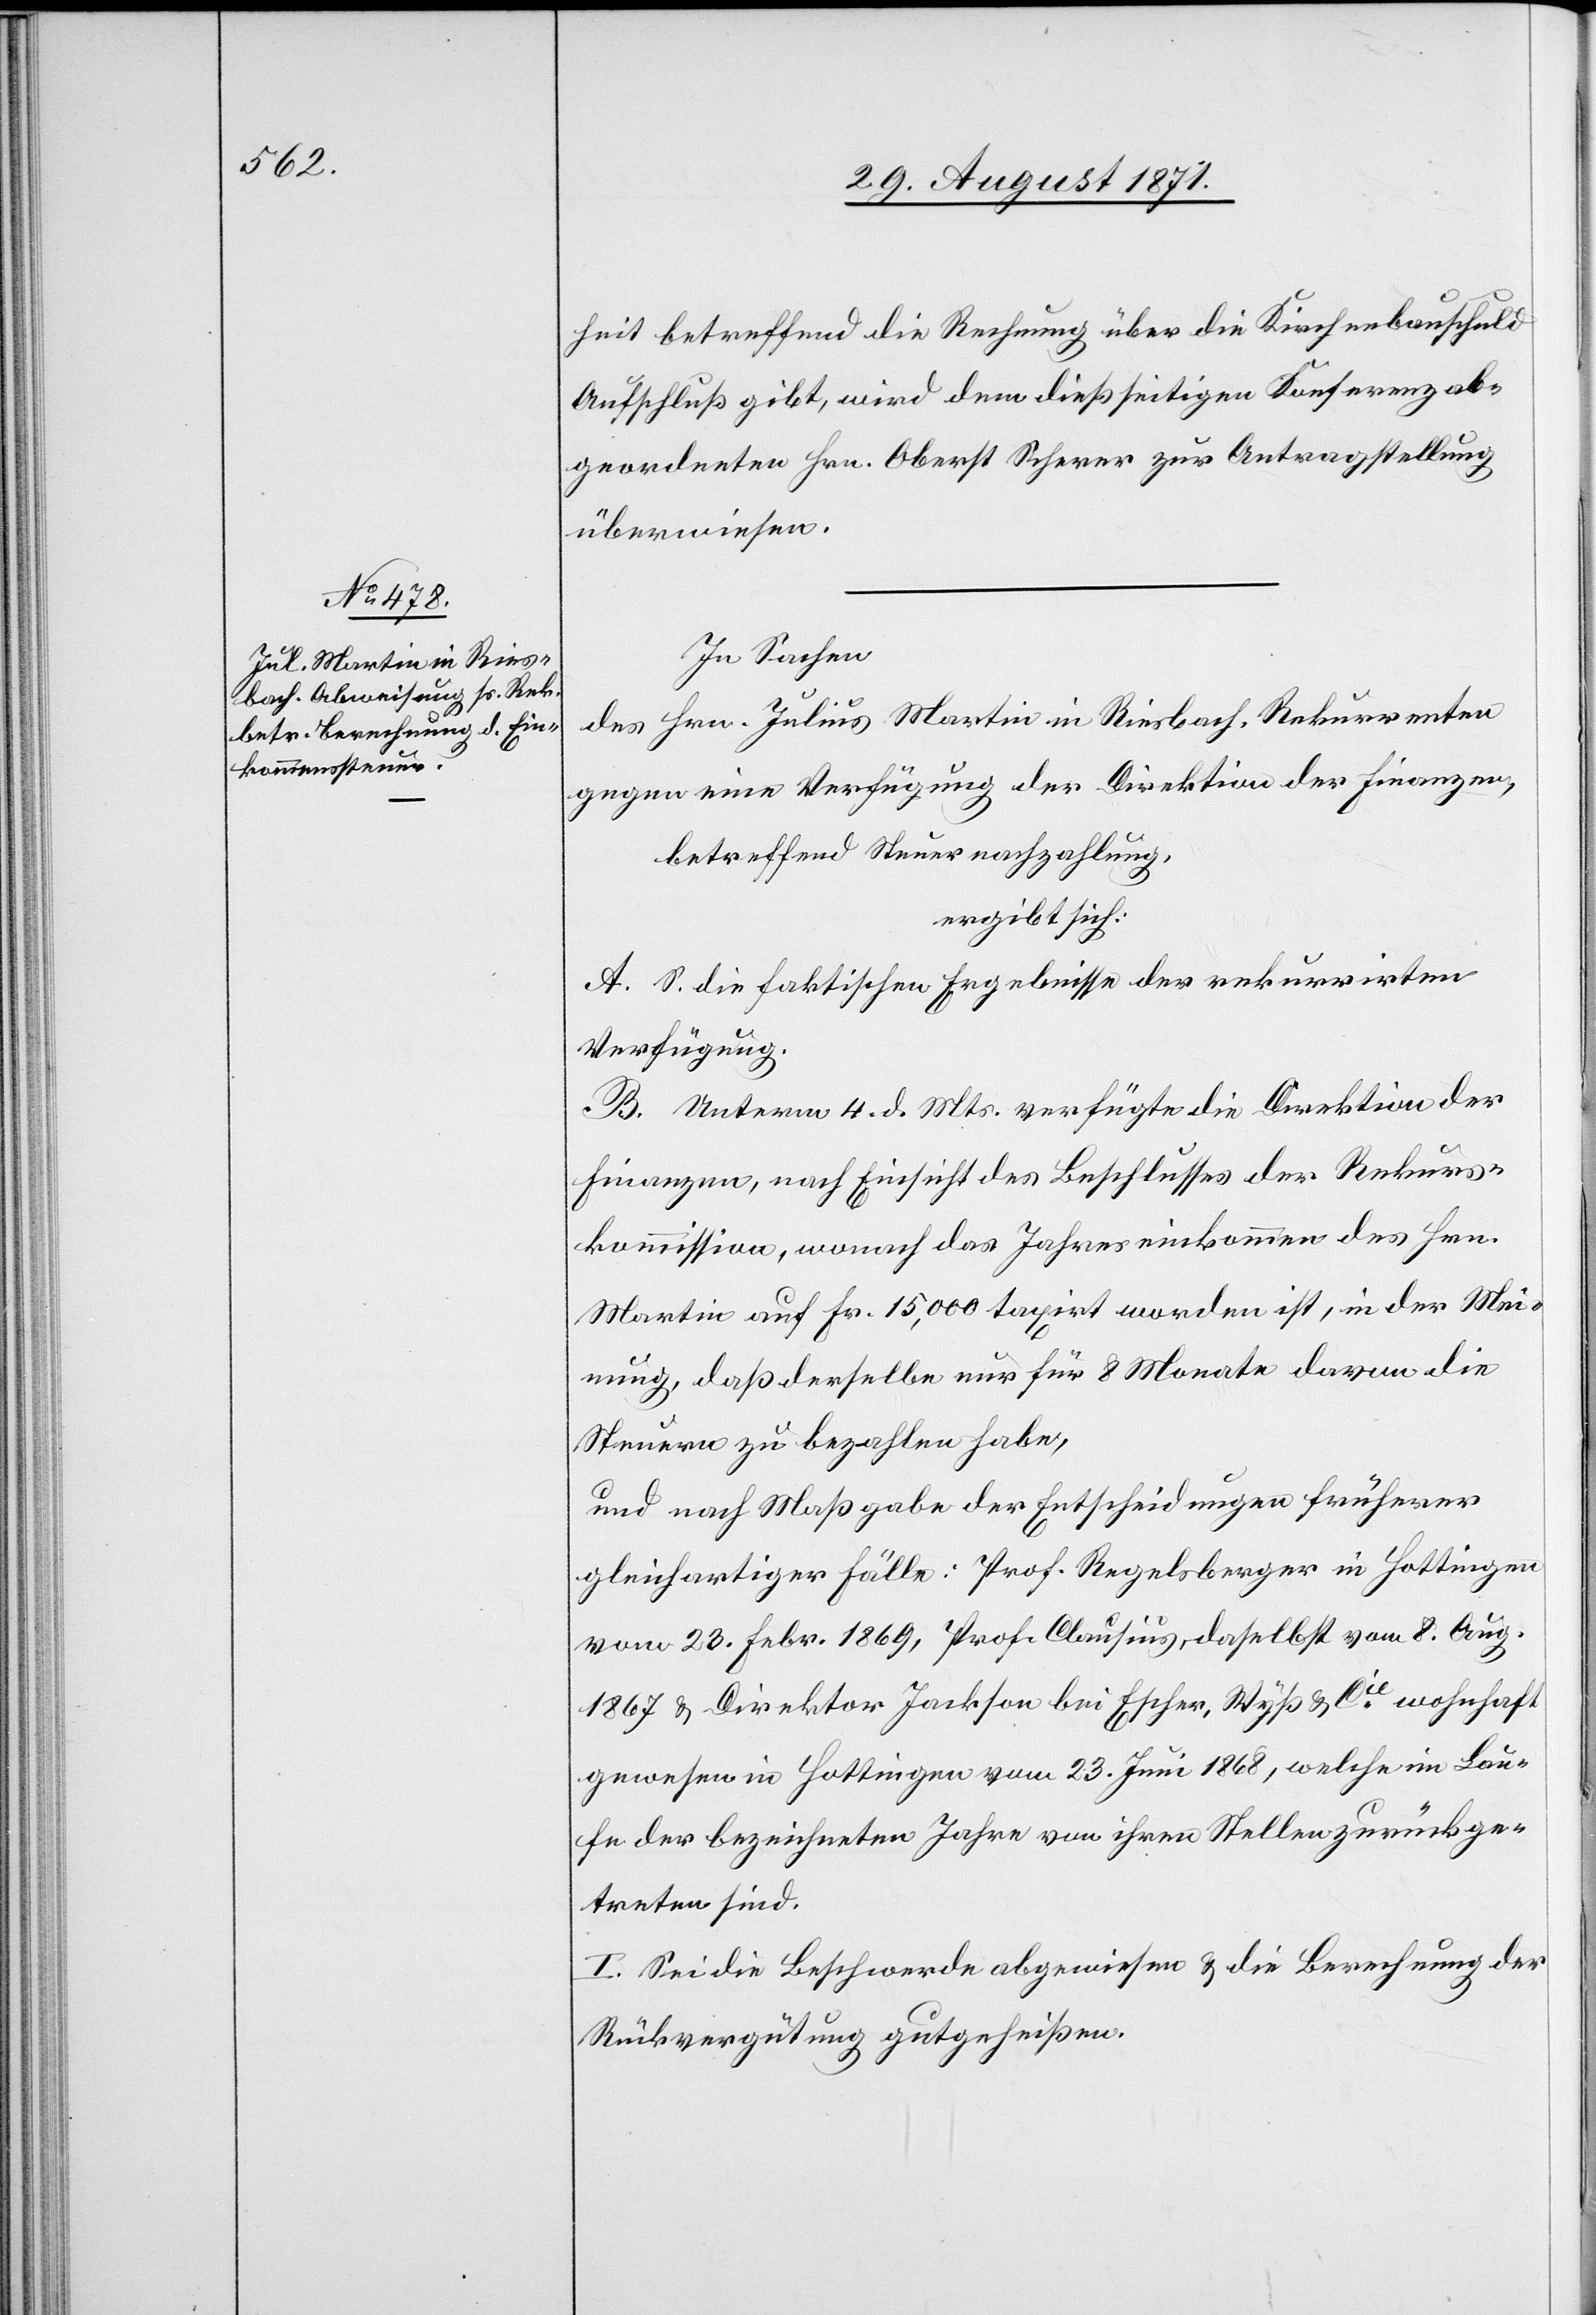
31. August 1871.]
heit betreffend die Rechnung über die Kirchenbauschuld
Aufschluß gibt, wird dem dießseitigen Konferenzab¬
geordneten Hrn. Oberst Scherrer zur Antragstellung
überwiesen.
In Sachen
des Hrn. Julius Martin in Riesbach, Rekurrenten
gegen eine Verfügung der Direktion der Finanzen,
betreffend Steuernachzahlung,
ergibt sich:
A. S. die faktischen Ergebnisse der rekurrirten
Verfügung.
B. Unterm 4. d. Mts. verfügte die Direktion der
Finanzen, nach Einsicht des Beschlusses der Rekurs¬
kommission, wonach das Jahreseinkommen des Hrn.
Martin auf Fr. 15,000 taxirt worden ist, in der Mei¬
nung, daß derselbe für 8 Monate davon die
Steuer zu bezahlen habe,
und nach Maßgabe der Entscheidungen früherer
gleichartiger Fälle: Prof. Regelsberger in Hottingen
vom 23. Febr. 1869, Prof. Clausus, daselbst vom 8. Aug.
1867 & Direktor Jackson bei Escher-Wyss & Cie wohnhaft
gewesen in Hottingen vom 23. Juli 1868, welche im Lau¬
fe der bezeichneten Jahre von ihren Stellen zurückge¬
treten sind.
I. Sei die Beschwerde abgewiesen & die Berechnung der
Rückvergütung gutzuheißen.